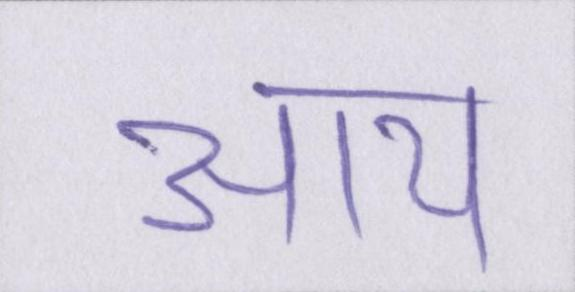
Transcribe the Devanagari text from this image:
आय